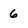
Character: 6